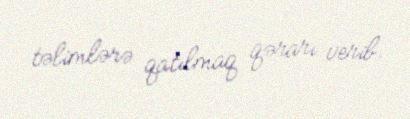
təlimlərə qatılmaq qərarı verib.